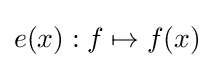
e(x):f\mapsto f(x)